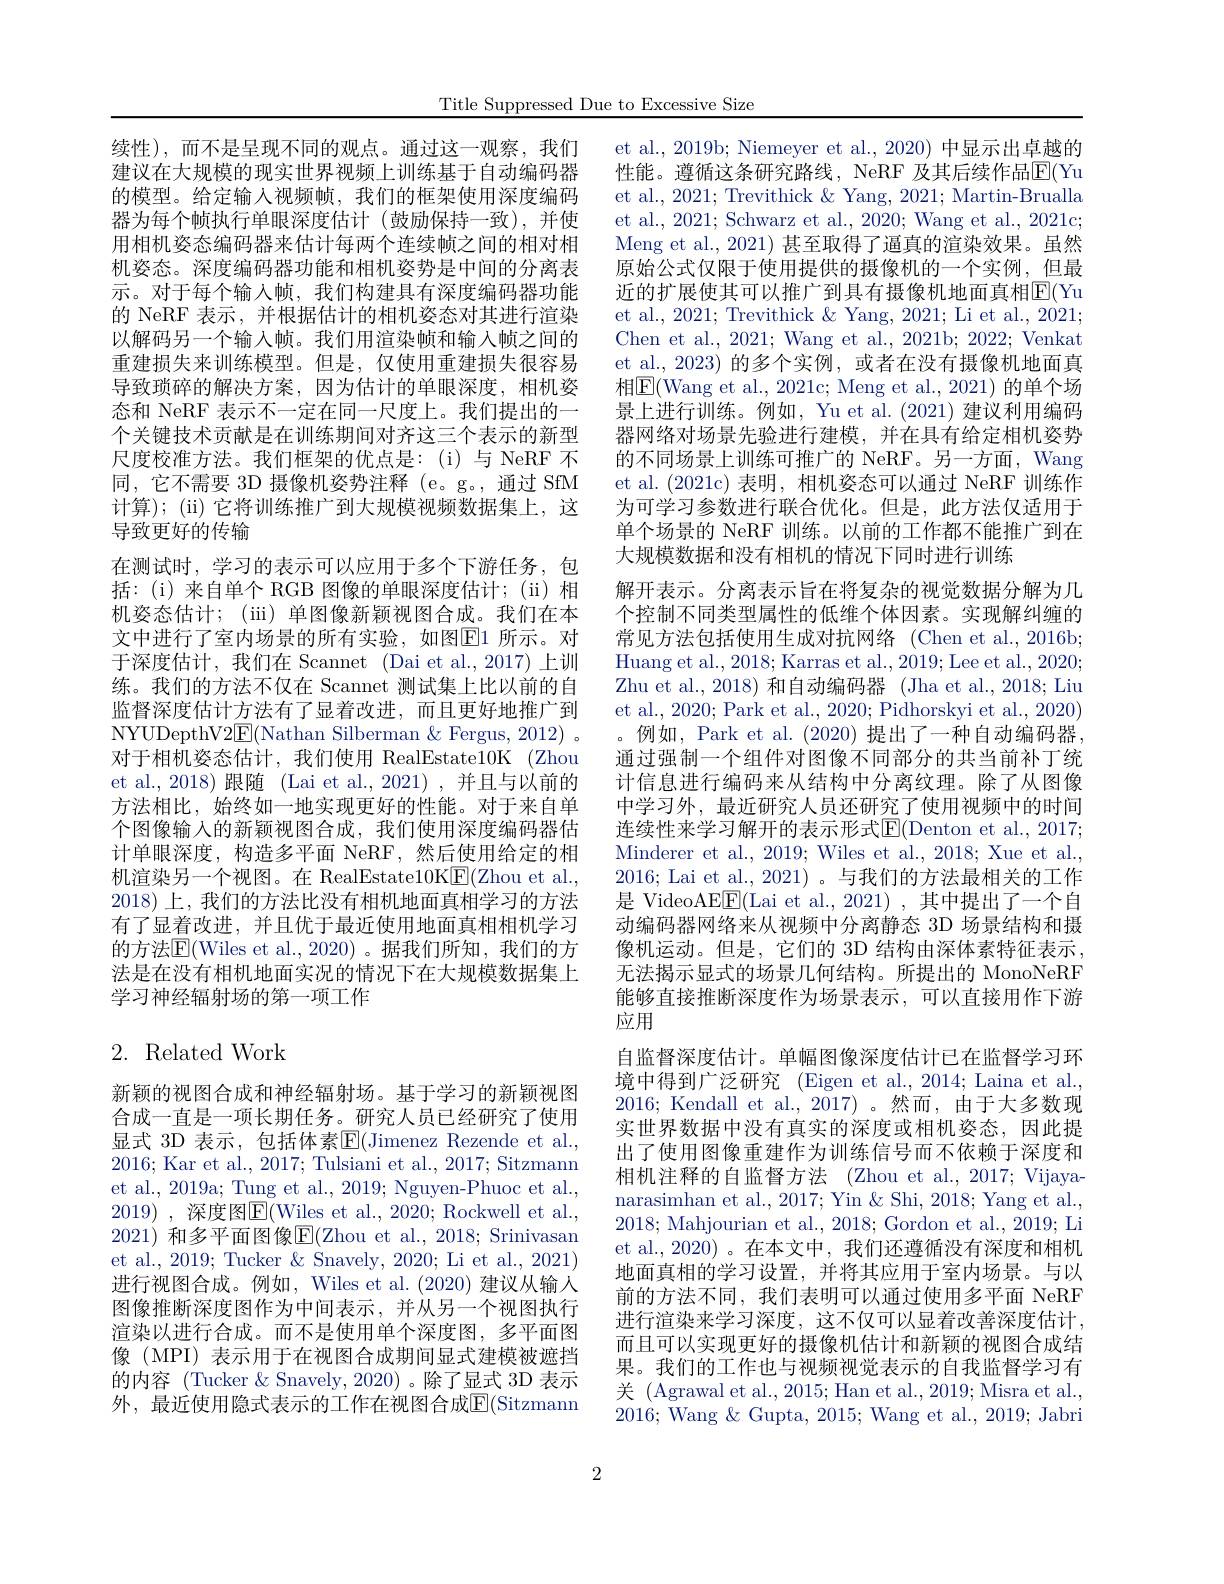
Title Suppressed Due to Excessive Size

续性),而不是呈现不同的观点。通过这一观察，我们建议在大规模的现实世界视频上训练基于自动编码器的模型。给定输入视频帧，我们的框架使用深度编码器为每个帧执行单眼深度估计(鼓励保持一致),并使用相机姿态编码器来估计每两个连续帧之间的相对相机姿态。深度编码器功能和相机姿势是中间的分离表示。对于每个输入帧，我们构建具有深度编码器功能的 NeRF 表示，并根据估计的相机姿态对其进行渲染以解码另一个输入帧。我们用渲染帧和输入帧之间的重建损失来训练模型。但是，仅使用重建损失很容易导致琐碎的解决方案，因为估计的单眼深度，相机姿态和 NeRF 表示不一定在同一尺度上。我们提出的一个关键技术贡献是在训练期间对齐这三个表示的新型尺度校准方法。我们框架的优点是：(i)与 NeRF 不同，它不需要 3D 摄像机姿势注释 (e。g。,通过 SfM 计算);(ii) 它将训练推广到大规模视频数据集上，这导致更好的传输
在测试时，学习的表示可以应用于多个下游任务，包${\text{括：(i)来自单个 RGB 图像的单眼深度估计；(ii)相}}$ 机姿态估计；(iii) 单图像新颖视图合成。我们在本文中进行了室内场景的所有实验，如图E1 所示。对于深度估计，我们在 Scannet (Dai et al.,2017) 上训练。我们的方法不仅在 Scannet 测试集上比以前的自监督深度估计方法有了显着改进，而且更好地推广到NYUDepthV2$\underline{\mathrm{E}}($Nathan Silberman &Fergus, 2012)。对于相机姿态估计，我们使用 RealEstate10K (Zhou et al.,2018)跟随 (Lai et al.,2021),并且与以前的方法相比，始终如一地实现更好的性能。对于来自单个图像输入的新颖视图合成，我们使用深度编码器估计单眼深度，构造多平面 NeRF,然后使用给定的相机渲染另一个视图。在 RealEstate10K$\underline{\mathrm{E}}($Zhou et al. 2018)上，我们的方法比没有相机地面真相学习的方法有了显着改进，并且优于最近使用地面真相相机学习的方法$\overline{\mathrm{E}}($Wiles et al.,2020)。据我们所知，我们的方法是在没有相机地面实况的情况下在大规模数据集上学习神经辐射场的第一项工作

# 2. Related Work

新颖的视图合成和神经辐射场。基于学习的新颖视图合成一直是一项长期任务。研究人员已经研究了使用显式 3D 表示，包括体素E(Jimenez Rezende et al., 2016; Kar et al., 2017; Tulsiani et al., 2017; Sitzmann et al., 2019a; Tung et al., 2019; Nguyen-Phuoc et al., 2019) ,深度图$\boxed{\mathrm{F}}($Wiles et al., 2020; Rockwell et al., 2021) 和多平面图像E(Zhou et al., 2018; Srinivasan et al., 2019; Tucker & Snavely, 2020; Li et al., 2021) 进行视图合成。例如，Wiles et al. (2020) 建议从输人图像推断深度图作为中间表示，并从另一个视图执行渲染以进行合成。而不是使用单个深度图，多平面图像 (MPI) 表示用于在视图合成期间显式建模被遮挡的内容 (Tucker & Snavely, 2020) 。除了显式 3D 表示外，最近使用隐式表示的工作在视图合成$\mathbb{E}($Sitzmann

et al., 2019b; Niemeyer et al., 2020) 中显示出卓越的性能。遵循这条研究路线，NeRF 及其后续作品E(Yu et al., 2021; Trevithick & Yang, 2021; Martin-Brualla et al., 2021; Schwarz et al., 2020; Wang et al., 2021c; Meng et al., 2021) 甚至取得了逼真的渲染效果。虽然原始公式仅限于使用提供的摄像机的一个实例，但最近的扩展使其可以推广到具有摄像机地面真相$\overline{\mathrm{E}}($Yu et al., 2021; Trevithick & Yang, 2021; Li et al., 2021; Chen et al., 2021; Wang et al., 2021b; 2022; Venkat et al.,2023) 的多个实例，或者在没有摄像机地面真相$\boxed{\mathrm{E}}($Wang et al., 2021c; Meng et al., 2021) 的单个场景上进行训练。例如，Yu et al.(2021) 建议利用编码器网络对场景先验进行建模，并在具有给定相机姿势的不同场景上训练可推广的 NeRF。另一方面，Wang et al.(2021c)表明，相机姿态可以通过 NeRF 训练作为可学习参数进行联合优化。但是，此方法仅适用于单个场景的 NeRF 训练。以前的工作都不能推广到在大规模数据和没有相机的情况下同时进行训练
解开表示。分离表示旨在将复杂的视觉数据分解为几个控制不同类型属性的低维个体因素。实现解纠缠的常见方法包括使用生成对抗网络(Chen et al., 2016b; Huang et al. , 2018; Karras et al. , 2019; Lee et al. , 2020; Zhu et al., 2018) 和自动编码器 (Jha et al., 2018; Liu et al., 2020; Park et al., 2020; Pidhorskyi et al., 2020) 。例如，Park et al. (2020)提出了一种自动编码器， 通过强制一个组件对图像不同部分的共当前补丁统计信息进行编码来从结构中分离纹理。除了从图像中学习外，最近研究人员还研究了使用视频中的时间连续性来学习解开的表示形式$\mathbb{E}($Denton et al., 2017; Minderer et al., 2019; Wiles et al., 2018; Xue et al., 2016; Lai et al., 2021)。与我们的方法最相关的工作是 VideoAE$\boxed{\mathrm{F}}($Lai et al., 2021),其中提出了一个自动编码器网络来从视频中分离静态 3D 场景结构和摄像机运动。但是，它们的 3D 结构由深体素特征表示， 无法揭示显式的场景几何结构。所提出的 MonoNeRF 能够直接推断深度作为场景表示，可以直接用作下游应用
自监督深度估计。单幅图像深度估计已在监督学习环境中得到广泛研究 (Eigen et al., 2014; Laina et al. 2016; Kendall et al., 2017)。然而，由于大多数现实世界数据中没有真实的深度或相机姿态，因此提出了使用图像重建作为训练信号而不依赖于深度和相机注释的自监督方法 (Zhou et al., 2017; Vijayanarasimhan et al., 2017; Yin & Shi, 2018; Yang et al., 2018; Mahjourian et al., 2018; Gordon et al., 2019; Li et al.,2020)。在本文中，我们还遵循没有深度和相机地面真相的学习设置，并将其应用于室内场景。与以前的方法不同，我们表明可以通过使用多平面 NeRF 进行渲染来学习深度，这不仅可以显着改善深度估计， 而且可以实现更好的摄像机估计和新颖的视图合成结果。我们的工作也与视频视觉表示的自我监督学习有关 (Agrawal et al., 2015; Han et al., 2019; Misra et al., 2016; Wang & Gupta, 2015; Wang et al., 2019; Jabri

2